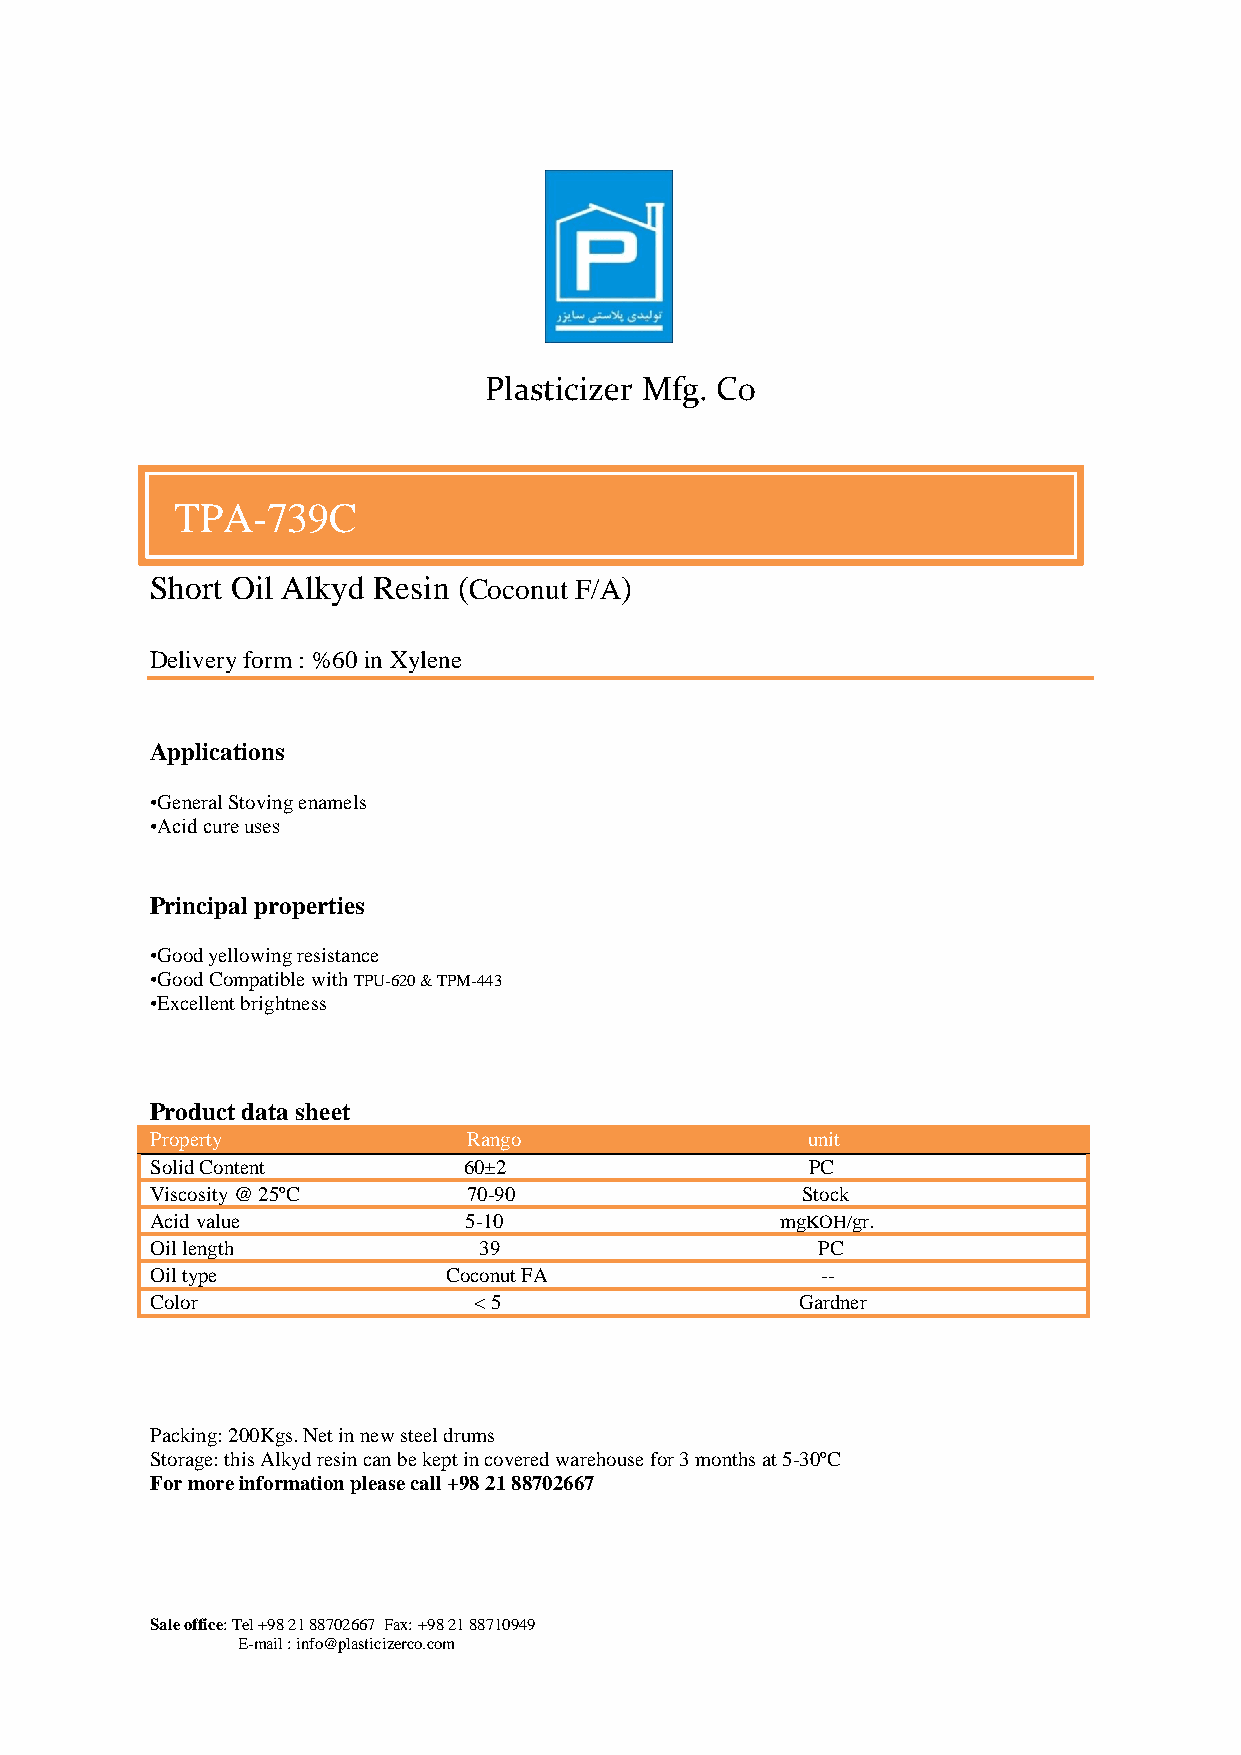
Plasticizer Mfg. Co
 .
 TPA-739C
 Short Oil Alkyd Resin (Coconut F/A)
 Delivery form : %60 in Xylene
 Applications
 •General Stoving enamels
 •Acid cure uses
 Principal properties
 •Good yellowing resistance
 •Good Compatible with TPU-620 & TPM-443
 •Excellent brightness
 Product data sheet
 Property             Rango                 unit
 Solid Content        60±2                   PC
 Viscosity @ 25ºC     70-90                 Stock
 Acid value           5-10                 mgKOH/gr.
 Oil length            39                    PC
 Oil type            Coconut FA              --
 Color                < 5                   Gardner
 Packing: 200Kgs. Net in new steel drums
 Storage: this Alkyd resin can be kept in covered warehouse for 3 months at 5-30ºC
 For more information please call +98 21 88702667
 Sale office: Tel +98 21 88702667 Fax: +98 21 88710949
 E-mail : info@plasticizerco.com